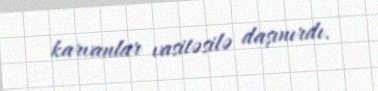
karvanlar vasitəsilə daşınırdı.